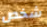
شخص